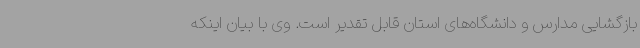
بازگشایی مدارس و دانشگاه‌های استان قابل تقدیر است. وی با بیان اینکه